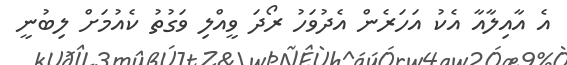
އެ އާއިލާއާ އެކު އަހަރެން އެދުވަހު ރޯދަ ވީއްލި ވަގުތު ކެއުމަށް ލިބުނީ